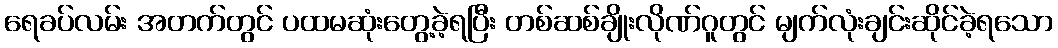
ရေခပ်လမ်း အတက်တွင် ပထမဆုံးတွေ့ခဲ့ရပြီး တစ်ဆစ်ချိုးလိုဏ်ဂူတွင် မျက်လုံးချင်းဆိုင်ခဲ့ရသော